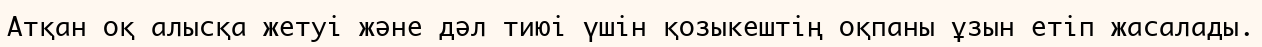
Атқан оқ алысқа жетуі және дәл тиюі үшін қозыкештің оқпаны ұзын етіп жасалады.